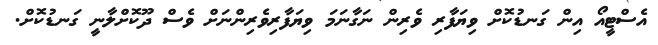
އެސްޓީއޯ އިން ގަނޑުކޮށް ވިޔަފާރި ވެރިން ނަގާނަމަ ވިޔަފާރިވެރިންނަށް ވެސް ދޫކޮށްލާނީ ގަނޑުކޮށް.